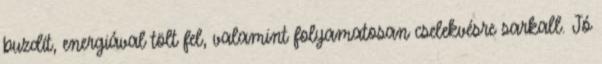
buzdít, energiával tölt fel, valamint folyamatosan cselekvésre sarkall. Jó